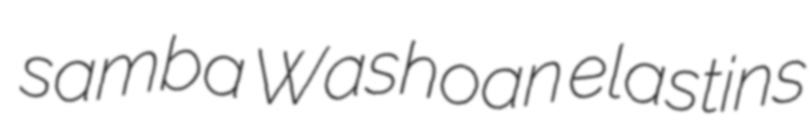
samba Washoan elastins